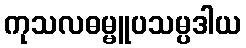
ကုသလဓမ္မူပသမ္ပဒါယ